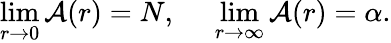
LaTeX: \operatorname*{lim}_{r\rightarrow0}\mathcal{A}(r)=N,\: \: \: \: \: \: \operatorname*{lim}_{r\rightarrow\infty}\mathcal{A}(r)=\alpha.